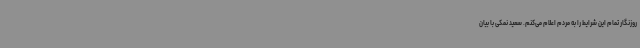
روزنگار تمام این شرایط را به مردم اعلام می‌کنم. سعید نمکی با بیان